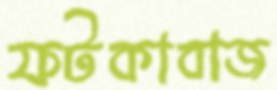
ফটকাবাজ